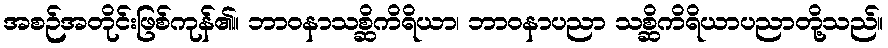
အစဉ်အတိုင်းဖြစ်ကုန်၏။ ဘာဝနာသစ္ဆိကိရိယာ၊ ဘာဝနာပညာ သစ္ဆိကိရိယာပညာတို့သည်။